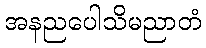
အနညပေါသိမညာတံ